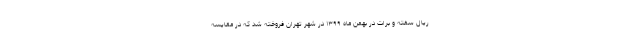
ریال سفته و برات در بهمن ماه ۱۳۹۹ در شهر تهران فروخته شد که در مقایسه